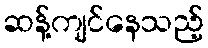
ဆန့်ကျင်နေသည့်